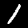
Label: 1